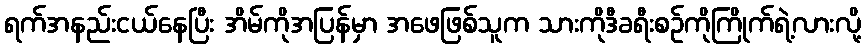
ရက်အနည်းငယ်နေပြီး အိမ်ကိုအပြန်မှာ အဖေဖြစ်သူက သားကိုဒီခရီးစဉ်ကိုကြိုက်ရဲ့လားလို့